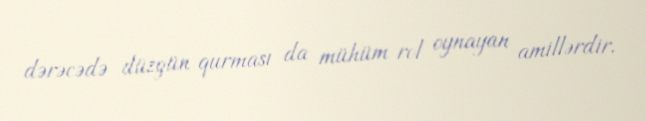
dərəcədə düzgün qurması da mühüm rol oynayan amillərdir.